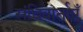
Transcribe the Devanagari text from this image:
संधिवार्ताएँ